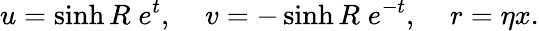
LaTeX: u=\sinh R\; e^{t},\; \; \; \; v=-\sinh R\; e^{-t},\; \; \; \; r=\eta x.